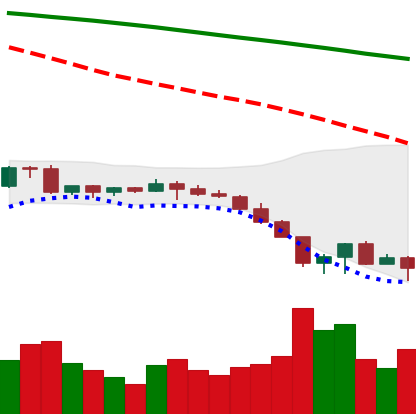
Ticker: EOS-USD
Chart end date: 2022-06-18
Forward return: 9.335%
Label: up_7plus